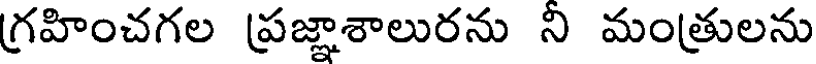
గ్రహించగల ప్రజ్ఞాశాలురను ని మంత్రులను